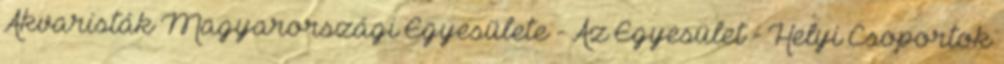
Akvaristák Magyarországi Egyesülete - Az Egyesület - Helyi Csoportok